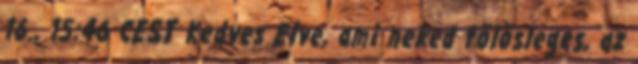
16., 15:46 CEST Kedves Elve, ami neked fölösleges, az